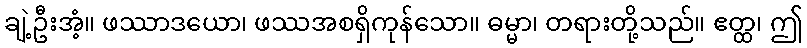
ချဲ့ဦးအံ့။ ဖဿာဒယော၊ ဖဿအစရှိကုန်သော။ ဓမ္မာ၊ တရားတို့သည်။ ဧတ္ထ၊ ဤ